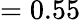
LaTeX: =0.55